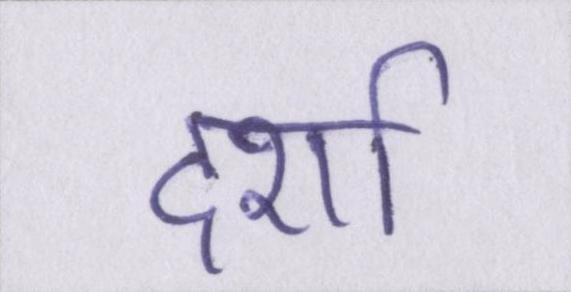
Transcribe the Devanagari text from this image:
दर्शा